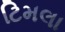
ટિમલા